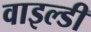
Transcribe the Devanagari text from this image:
वाइल्डी